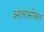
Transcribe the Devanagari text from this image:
अंतरासोबत